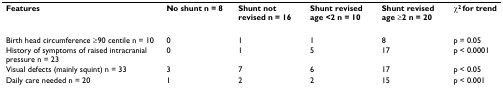
| Features | No shunt n = 8 | Shunt not revised n = 16 | Shunt revised age <2 n = 10 | Shunt revised age ≥2 n = 20 | χ2 for trend |
 | --- | --- | --- | --- | --- | --- |
 | Birth head circumference ≥90 centile n = 10 | 0 | 1 | 1 | 8 | p = 0.05 |
 | History of symptoms of raised intracranial pressure n = 23 | 0 | 1 | 5 | 17 | p < 0.0001 |
 | Visual defects (mainly squint) n = 33 | 3 | 7 | 6 | 17 | p < 0.05 |
 | Daily care needed n = 20 | 1 | 2 | 2 | 15 | p < 0.001 |